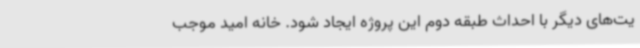
یت‌های دیگر با احداث طبقه دوم این پروژه ایجاد شود. خانه امید موجب